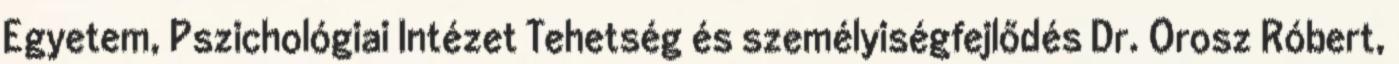
Egyetem, Pszichológiai Intézet Tehetség és személyiségfejlődés Dr. Orosz Róbert,